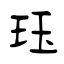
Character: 珏